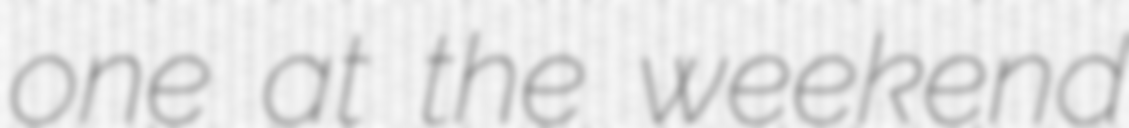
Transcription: one at the weekend